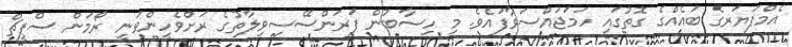
އެމްޕަޔަރގެ ބައެއްގެ ގޮތުގައި ހަމަޖައްސަވާފައެވެ. މި ހިސާބުން ފަރަންސޭސިވިލާތުގެ ރަށްވެހީންވަނީ ރޯމަން ސްޕީޗް